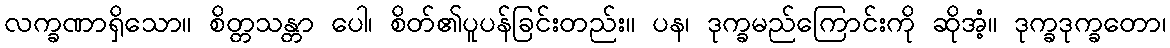
လက္ခဏာရှိသော။ စိတ္တသန္တာ ပေါ၊ စိတ်၏ပူပန်ခြင်းတည်း။ ပန၊ ဒုက္ခမည်ကြောင်းကို ဆိုအံ့။ ဒုက္ခဒုက္ခတော၊